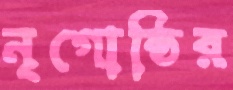
নৃগোষ্ঠির